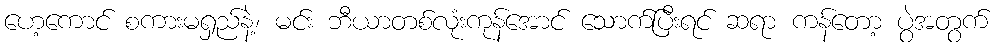
ဟေ့ကောင် စကားမရှည်နဲ့၊ မင်း ဘီယာတစ်လုံးကုန်အောင် သောက်ပြီးရင် ဆရာ ကန်တော့ ပွဲအတွက်